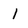
Character: 1